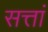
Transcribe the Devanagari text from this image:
सत्तां